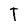
Character: I